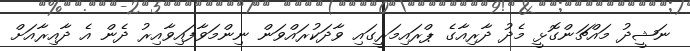
ނަޝީދު މައްޗަންގޮޅީ މެދު ދާރިއާގެ ޕްރައިމަރީގައި ވާދަކުރައްވަން ނިންމަވާފައިވާއިރު ދެން އެ ދާއިރާއަށް